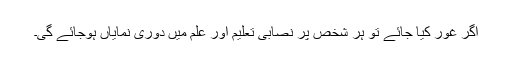
اگر غور کیا جائے تو ہر شخص پر نصابی تعلیم اور علم میں دوری نمایاں ہوجائے گی۔